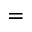
=